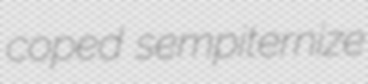
coped sempiternize